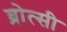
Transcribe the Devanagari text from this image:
ब्रोत्सी